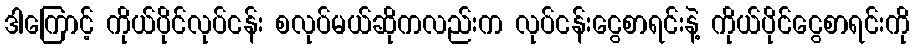
ဒါကြောင့် ကိုယ်ပိုင်လုပ်ငန်း စလုပ်မယ်ဆိုကလည်းက လုပ်ငန်းငွေစာရင်းနဲ့ ကိုယ်ပိုင်ငွေစာရင်းကို